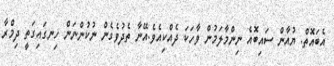
އެބައޮތް. ޔުއާން ސައިބޮއެ ނިންމާލަމުން ވާހަކަ ދެއްކިއެވެ.އޭނާ ތެދުވެގެން ނުކުންނަން ހިނގައިގަތީ ދިމްރާ